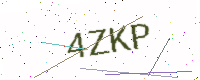
Text: 4ZKP